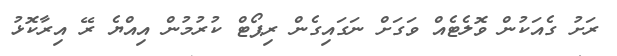
ރަށު ގެއަކުން ވޮލެޓެއް ވަގަށް ނަގައިގެން ރިޕޯޓް ކުރުމުން އިއްޔެ ރޭ އިރާކޮޅު